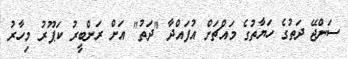
ސަންޖޭ ދަތުގެ ހަޔާތުގެ މައްޗަށް އުފައްދާ "ދަތު" އަށް ރަންބީރު ކަޕޫރު މިހާރު